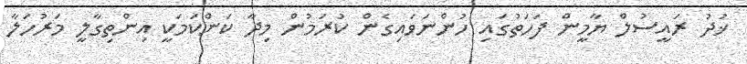
ޚުދު ރައީސުލް ޔާމީން ފަހަތުގައި ހުންނަވައިގެން ކުރަމުން މިދާ ކަންކަމަކީ އިންތިގާލީ މަރުހަލާ